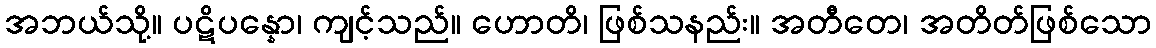
အဘယ်သို့။ ပဋိပန္နော၊ ကျင့်သည်။ ဟောတိ၊ ဖြစ်သနည်း။ အတီတေ၊ အတိတ်ဖြစ်သော